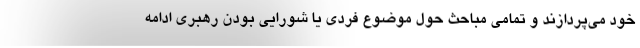
خود می‌پردازند و تمامی مباحث حول موضوع فردی یا شورایی بودن رهبری ادامه